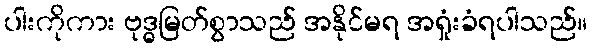
ပါးကိုကား ဗုဒ္ဓမြတ်စွာသည် အနိုင်မရ အရှုံးခံရပါသည်။